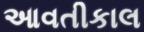
આવતીકાલ